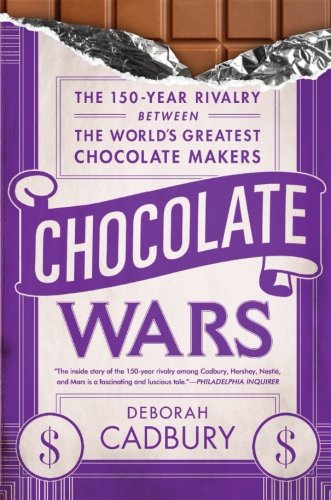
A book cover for Chocolate Wars: The 150-Year Rivalry Between the World's Greatest Chocolate Makers; Deborah Cadbury; Cookbooks, Food & Wine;